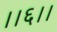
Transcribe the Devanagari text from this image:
।।६।।